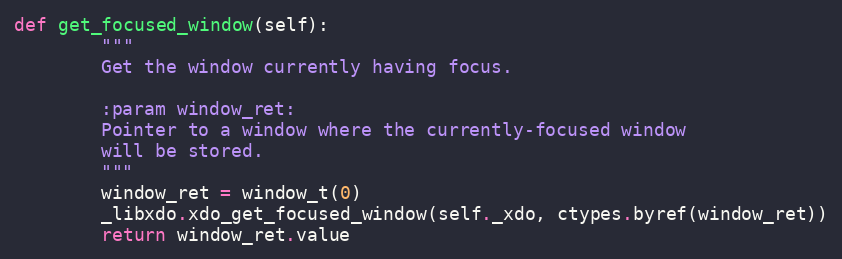
Language: Python
def get_focused_window(self):
        """
        Get the window currently having focus.

        :param window_ret:
        Pointer to a window where the currently-focused window
        will be stored.
        """
        window_ret = window_t(0)
        _libxdo.xdo_get_focused_window(self._xdo, ctypes.byref(window_ret))
        return window_ret.value